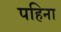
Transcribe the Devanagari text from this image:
पहिना